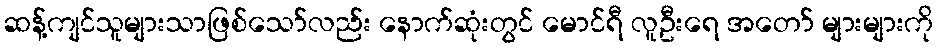
ဆန့်ကျင်သူများသာဖြစ်သော်လည်း နောက်ဆုံးတွင် မောင်ရီ လူဦးရေ အတော် များများကို